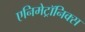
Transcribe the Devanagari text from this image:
एनिमेट्रॉनिक्स